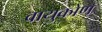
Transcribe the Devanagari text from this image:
वायुकोण